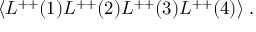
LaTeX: \langle L ^ { + + } ( 1 ) L ^ { + + } ( 2 ) L ^ { + + } ( 3 ) L ^ { + + } ( 4 ) \rangle \; .